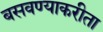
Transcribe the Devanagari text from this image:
बसवण्याकरीता